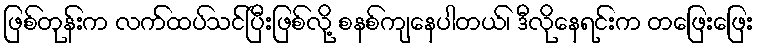
ဖြစ်တုန်းက လက်ထပ်သင်ပြီးဖြစ်လို့ စနစ်ကျနေပါတယ်၊ ဒီလိုနေရင်းက တဖြေးဖြေး